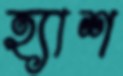
হ্যাশ